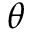
\theta